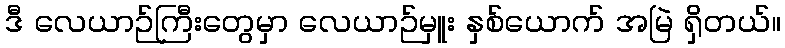
ဒီ လေယာဉ်ကြီးတွေမှာ လေယာဉ်မှူး နှစ်ယောက် အမြဲ ရှိတယ်။